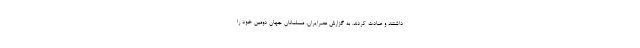
داشتند و عبادت کردند. به گزارش عصرایران، مسلمانان جهان دومین خود را